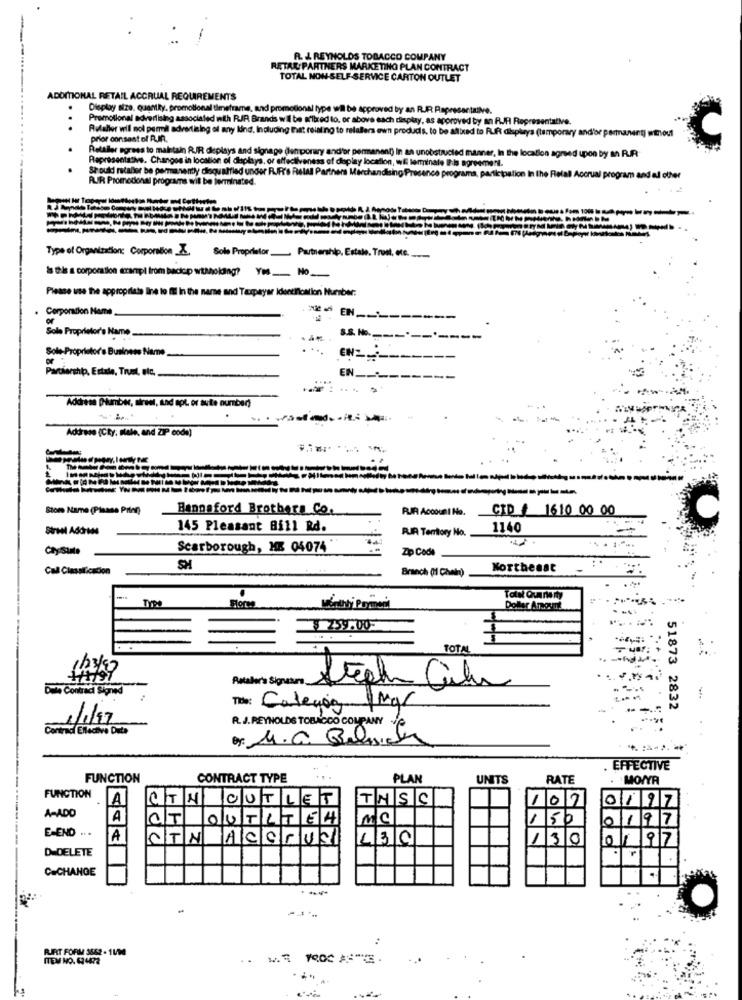
R. J. REYNOLDS TOBACCO COMPANY
RETAIL PARTNERS MARKETING PLAN CONTRACT
TOTAL NON-SELF-SERVICE CARTON OUTLET
ADDITIONAL RETAIL ACCRUAL REQUIREMENTS
Display size. Quantky, promotional timeframe, and promotional type wil be approved by an R.R. Rapreser
Promotional advertising associated with RJR Brands wil be aritred lo, or above each display, as approved by an RJR Representative.
..
Rulaller wil nol permil advertising of any kind, Including that relating to relallers own produds. to be afixed to Ruft displays (temporary and'or permanent) without
prior consent of R.JA.
Retailer agrees to maintain RIR deplays and signage den porary and'or permanent) In an unobstructed man
Representative. Changes in location of deplaya, or effectiveness of doplay location, wi terminale Ihis agree
the location agreed upon by a R.R.
Should notaber be permanently dlaqualified under R.IF's Retal Partners Merchandising Presence programs, participation In the Fielall Accrual program and ad other
RUIR Promotional programs wil be terminated.
Type of Organization: Corporation
Sole Proprietor_ Partnership, Estale. Trust, etc .......
Is the a corporation scampi from backop withholding? Yes No
Please use the appropriate line to Il In the name and Taxpayer identification Number:
Corporation Mame
Sole Proprietor's Name
Sole Proprietor's Business Name
EN
Parciarship, Estale, Trust, etc .........
EN ___
Address Plumber, siree, and apt. or aute number)
Address (Cky: sale, and ZIP code)
Stom Name (Please Print)
Hannaford Brothers Co.
RJR Account No.
CID # 1610 00 00
Street Address
145 Pleasant Bill Rd.
RIR Territory No.
1140
Caysante
Scarborough, ME 04074
Zip Code
Call Classification
SH
Branch (1 Chein).
Northeast
TYPE
Monthly Payment
Dollar Amount
3 259 :00-
TOTA
Rataler's Signature_
Dule Contraci Signed
The: Caleyog MgC
51873 2832
1/1/17
Contradi Ellective Dute
R. J. REYNOLDS TOBACCO COMPANY
Or: M.C. Banca
EFFECTIVE
FUNCTION
CONTRACT TYPE
PLAN
UNITS
RATE
MOWYR
FUNCTION
A
CTH OUTLET
TNSC
107
A-ADD
0197
A
CT OUTLTEH MC
150
0197
E-END .. .
A
CTN ACCRUSI LEC
130
0 917
D DELETE
C=CHANGE
..
RIFT FORM 3502 - 11/14
ITEM NO. 624422